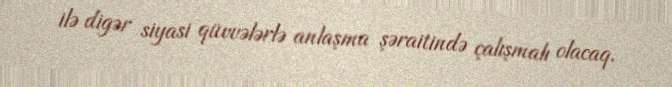
ilə digər siyasi qüvvələrlə anlaşma şəraitində çalışmalı olacaq.